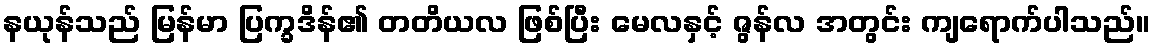
နယုန်သည် မြန်မာ ပြက္ခဒိန်၏ တတိယလ ဖြစ်ပြီး မေလနှင့် ဇွန်လ အတွင်း ကျရောက်ပါသည်။